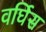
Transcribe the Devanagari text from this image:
वर्घिस